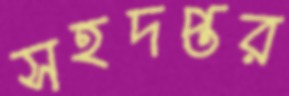
সহদপ্তর